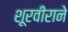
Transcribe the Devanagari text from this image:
शूरवीराने